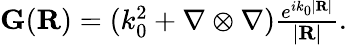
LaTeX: \begin{array}{r}{\mathbf G(\mathbf{R})=(k_{0}^{2}+\nabla\otimes\nabla)\frac{e^{ik_{0}|\mathbf{R}|}}{|\mathbf{R}|}.}\end{array}